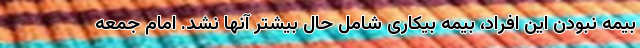
بیمه نبودن این افراد، بیمه بیکاری شامل حال بیشتر آنها نشد. امام جمعه